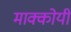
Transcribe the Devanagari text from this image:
माक्कोयी